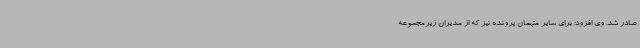
صادر شد. وی افزود: برای سایر متهمان پرونده نیز که از مدیران زیرمجموعه